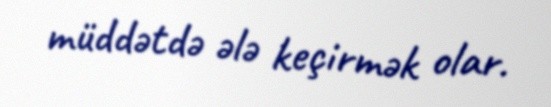
müddətdə ələ keçirmək olar.